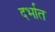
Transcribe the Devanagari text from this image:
दर्भात